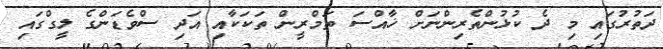
ދަތުރުގައި މި ދެ ކުޅުންތެރިންނަށް ޚާއްސަ ތަމްރީން ތަކަކާއި އަދި ސްވެޑަންގެ ލީގްގައި